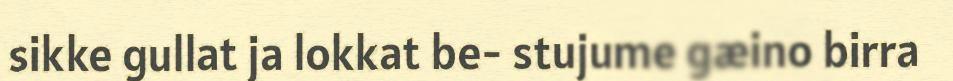
sikke gullat ja lokkat be- stujume gæino birra